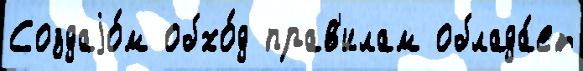
Создаjо́м обхо́д прав'илам облада́ет